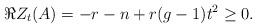
LaTeX: \begin{align*}\Re Z_t(A)=-r-n+r(g-1)t^2 \ge 0.\end{align*}